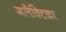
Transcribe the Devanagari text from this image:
गलैक्टिका